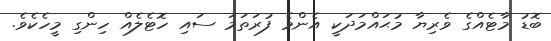
ބޮޑު މާޓެއްގެ ވެރިޔާ މުޙައްމަދަކީ އެންމެ ފުރަތަމަ ސައި ހޮޓެލެއް ހިންގި މީހެކެވެ.